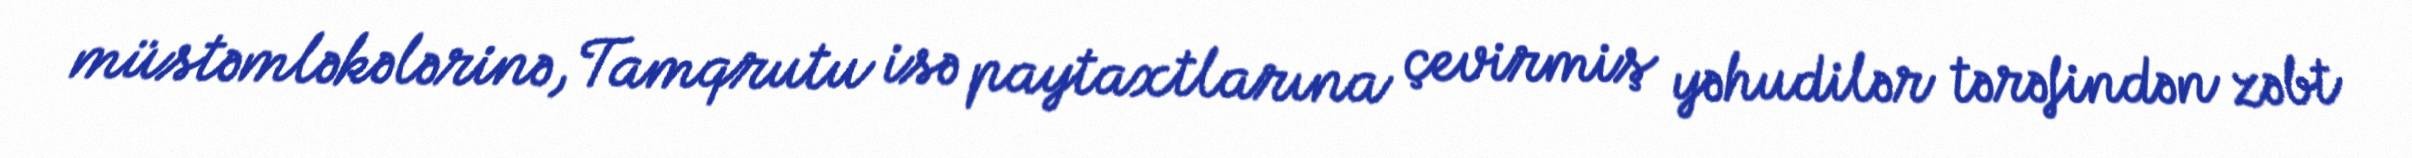
müstəmləkələrinə, Tamqrutu isə paytaxtlarına çevirmiş yəhudilər tərəfindən zəbt